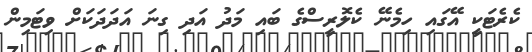
ކެރެޓަކީ އޭގައި ހިމެނޭ ކެލޮރީސްގެ ބައި މަދު އަދި ގިނަ އަދަދަކަށް ވިޓަމިން